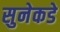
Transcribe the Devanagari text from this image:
सुनेकडे